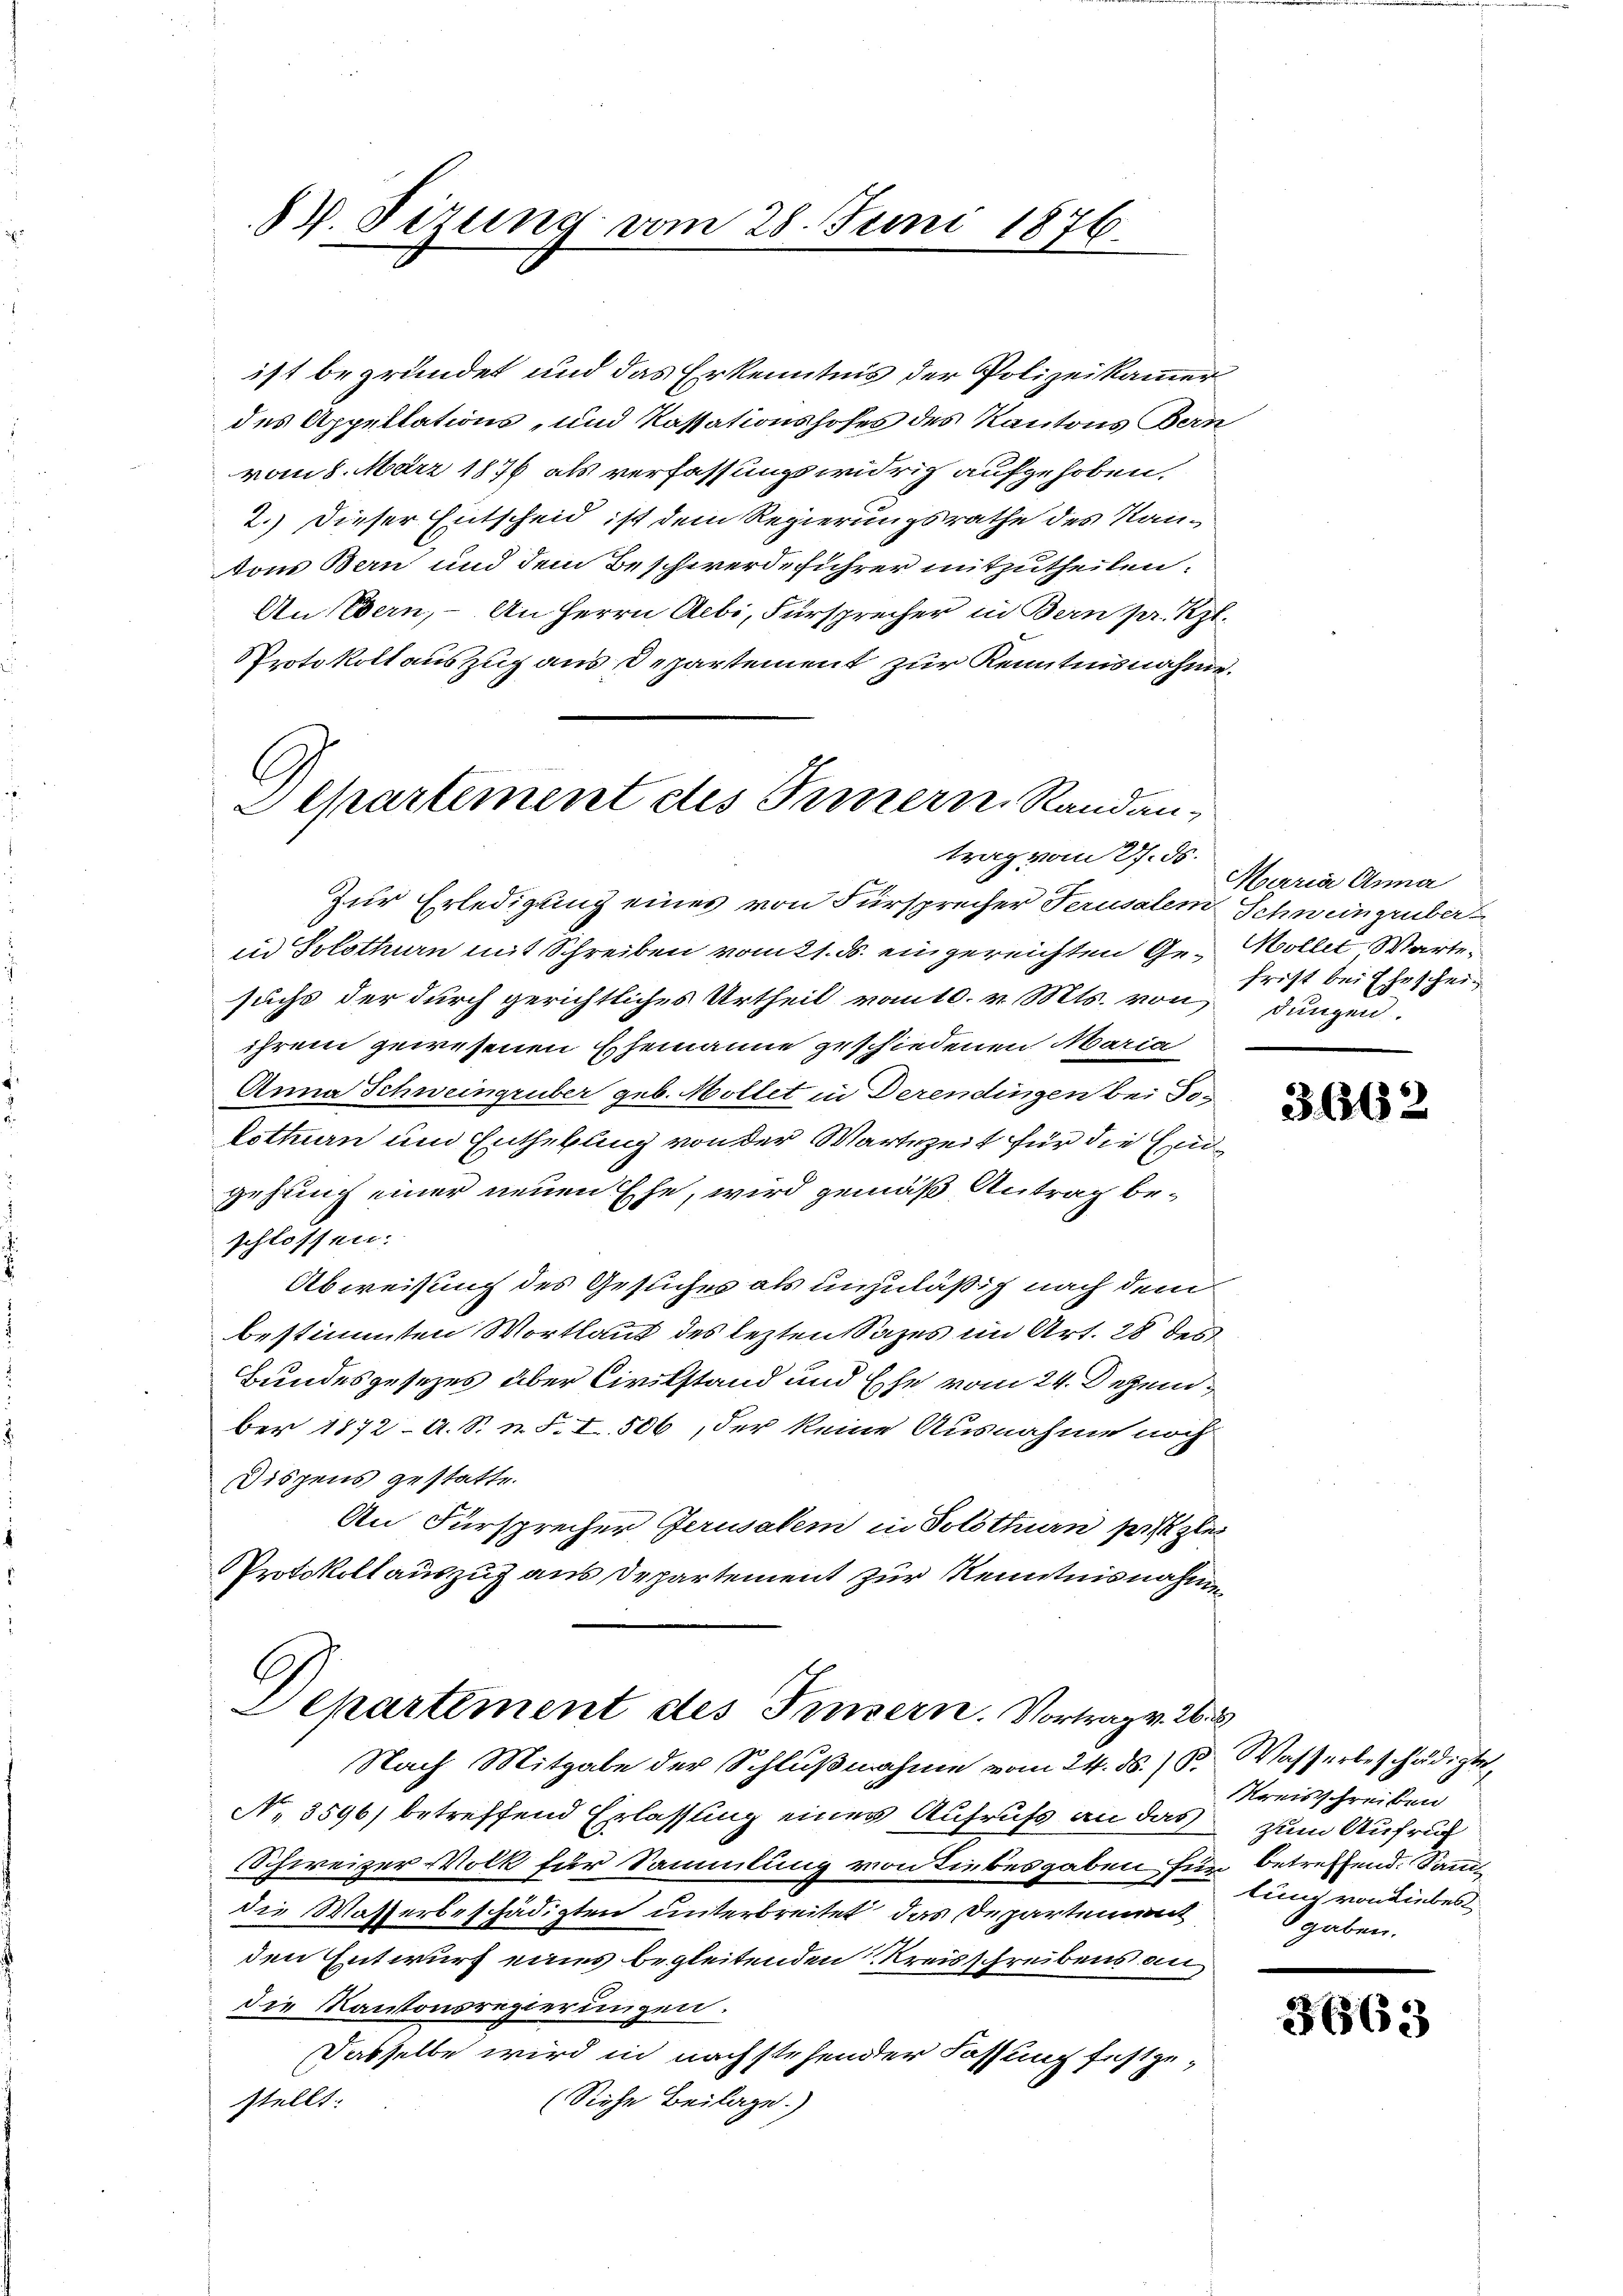
8 V. Sizung vom 28. Juni 1876.

ist begründet und das Erkenntnis der Polizeikammer
des Appellations- und Kassationshofes des Kantons Bern
vom 8. März 1876 als verfassungswidrig aufgehoben.
2.) Dieser Entscheid ist dem Regierungsrathe des Kan-
tons Bern und dem Beschwerdeführer mitzutheilen.
An Edern, An Herrn Aebi, Fürsprecher in Bern pr. Rzl.
Protokoll auszug aus Departement zur Kenntnisnahme.

Separtement etes Innern Randantrag vom 27. ds.

Zur Erledigung eines von Fürsprecher Serusalem Schweingerüber
in Solothurn mit Schreiben vom 21. d. eingereichten Gesuchs der durch gerichtliches Urtheil von 10. v. Mts. von
ihrem gewesenen Ehemanne geschiedenen Maria
Anna Schweingruber geb. Möllet in Derendingen bei Tolottuen um Enthebung von der Wartezeit für die Eingehung einer neuen Ehe, wird gemäß Antrag beschlossen.
Abweisung des Gesuches als unzuläßig nach dem
bestimmten Wortlaut des lezten Sazes im Art. 28 des
Bundesgesetzes über Civilstand und Ehe vom 24. Dezember 1872 A. S. n. F. I 506, der keine Ausnahme noch
Dispens gestatte.
An Fürsprecher Gerusalem in Solothurn frist glei
Protokollauszug aus Departement zur Kenntnisnahme

Departement des Pinsern. Vortrag v. 26.

Nach Mitgabe der Schlußnahme vom 24. d.
No 8596) betreffend Erlassung einer Aufrufs an das
Schweizer Volk für Sammlung von Liebesgaben für betreffend. Sammdie Wasserbeschädigten unterbreitet, das Departement
den Entwurf eines begleitenden Kreisschreibens an
die Kantonsregierungen.
Dasselbe wird in nachstehender Fassung festge¬
(Siehe Beilage.)
stellt:

Mrria Anna
Möller-Warte
frist bei Ehescheidungen.

3662

Wasserbeschädigte
Kreisschreiben
zum Aufruf
lung von Liebes
gaben.

3665